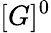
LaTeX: [G]^{0}